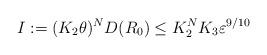
LaTeX: \begin{align*}I := (K_2\theta)^N D(R_0) \le K_2^N K_3 \varepsilon^{9/10}\end{align*}